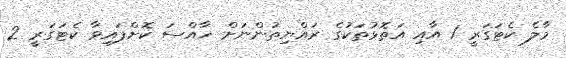
މާލެ ކެޓަގަރީ 1 އާއި އަތޮޅުތަކުގެ ރައްޔިތުންނަށް ހާއްސަ ކޮށްފައިވާ ކެޓަގަރީ 2